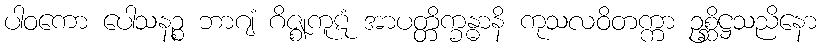
ပါဝကော ပေါသနဉ္စ ဘာဂျံ ဂိဇ္ဈကူဋံ အာပတ္တိက္ခန္ဓာနိ ကုသလဝိတက္ကာ ဥစ္ဆိဋ္ဌသညိနော